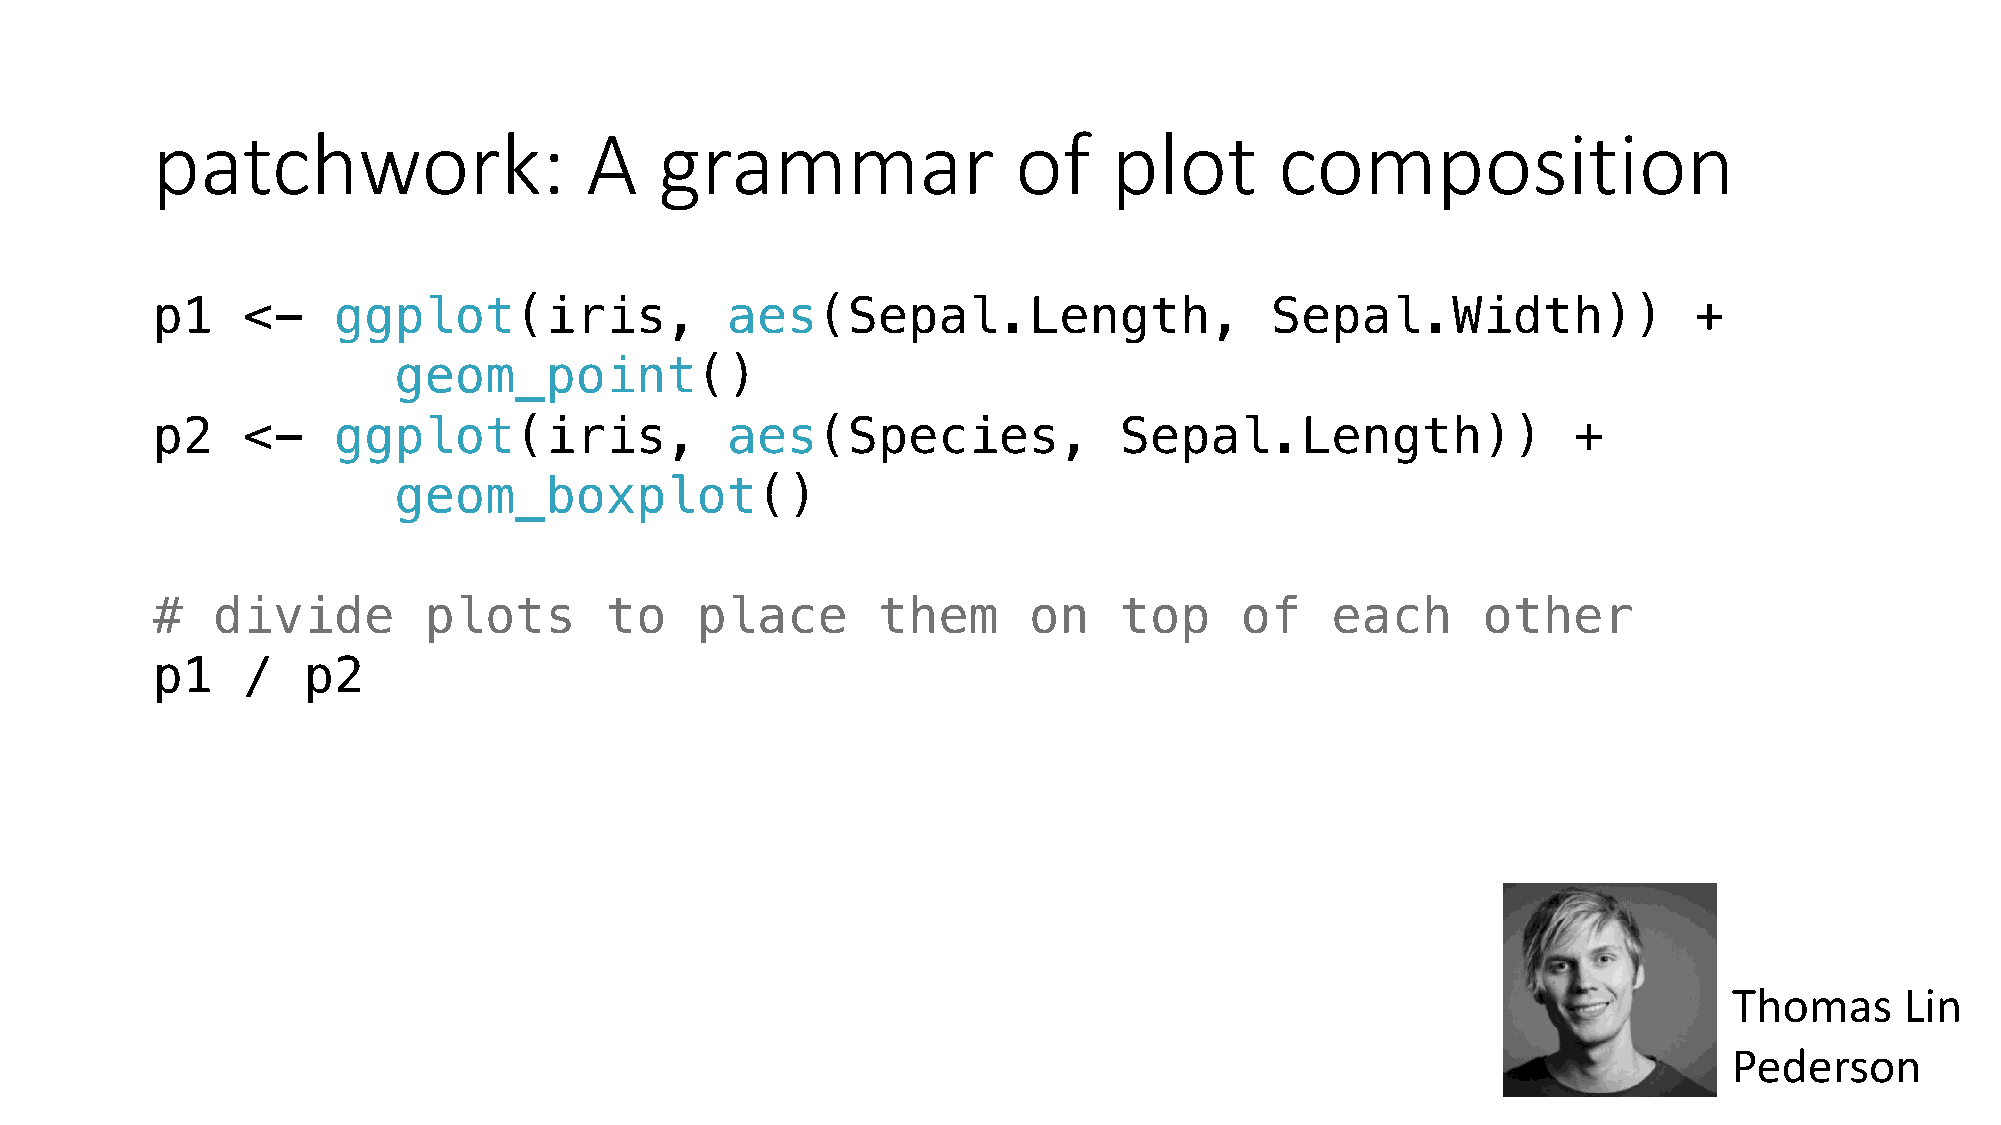
patchwork:                   A    grammar                of     plot       composition
 p1    <-    ggplot(iris,              aes(Sepal.Length,                   Sepal.Width))               +
 geom_point()
 p2    <-    ggplot(iris,              aes(Species,              Sepal.Length))                +
 geom_boxplot()
 #   divide        plots       to    place       them      on    top     of    each      other
 p1    /   p2
 Thomas     Lin
 Pederson